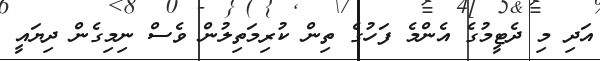
އަދި މި ދެޓީމުގެ އެންމެ ފަހުގެ ތިން ކުރިމަތިލުން ވެސް ނިމިގެން ދިޔައީ